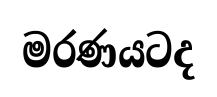
මරණයටද